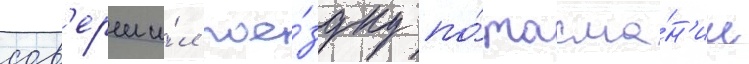
сов'ерши́л пое́здку по́ тасма́н'ии